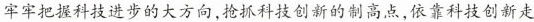
牢牢把握科技进步的大方向，抢抓科技创新的制高点，依靠科技创新走